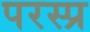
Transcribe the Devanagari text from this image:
परस्प्र